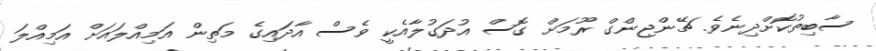
ސާބިތުކޮށްދިނެވެ. ޗޭންޖިންގް ރޫމަށް ގޮސް އުދަގުލާއެކީ ވެސް އާދައިގެ މަތިން އަމިއްލައަށް އަމިއްލަ